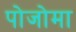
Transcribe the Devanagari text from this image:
पोजोमा